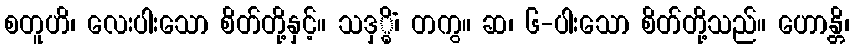
စတူဟိ၊ လေးပါးသော စိတ်တို့နှင့်။ သဒှ္ဓိံ၊ တကွ။ ဆ၊ ၆-ပါးသော စိတ်တို့သည်။ ဟောန္တိ၊